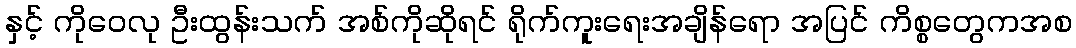
နှင့် ကိုဝေလု ဦးထွန်းသက် အစ်ကိုဆိုရင် ရိုက်ကူးရေးအချိန်ရော အပြင် ကိစ္စတွေကအစ